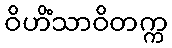
ဝိဟိံသာဝိတက္က